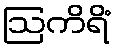
ဩကိရိံ